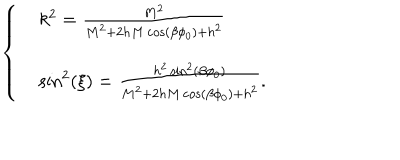
\left\{ \begin{array} { l l } { { } } & { { k ^ { 2 } = \frac { M ^ { 2 } } { M ^ { 2 } + 2 h M \cos ( \beta \phi _ { 0 } ) + h ^ { 2 } } } } \\ { { } } & { { \sin ^ { 2 } ( \xi ) = \frac { h ^ { 2 } \sin ^ { 2 } ( \beta \phi _ { 0 } ) } { M ^ { 2 } + 2 h M \cos ( \beta \phi _ { 0 } ) + h ^ { 2 } } . } } \\ \end{array} \right.